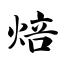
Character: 焙